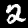
Label: 2